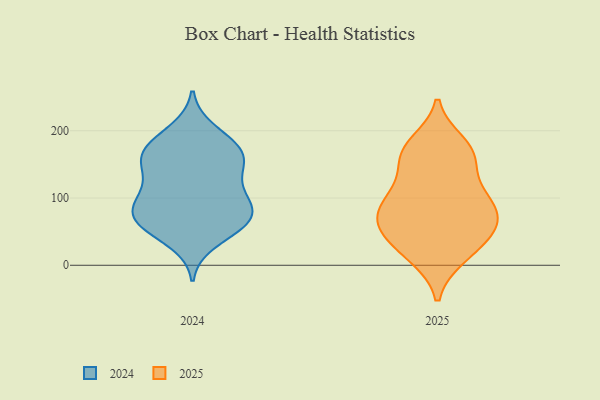
{"axis": {"x": "Budget (USD K)", "y": "Value"}, "legend": ["2024", "2025"], "data": [{"x": "", "y": 65, "type": "2024"}, {"x": "", "y": 135, "type": "2024"}, {"x": "", "y": 89, "type": "2024"}, {"x": "", "y": 156, "type": "2024"}, {"x": "", "y": 164, "type": "2024"}, {"x": "", "y": 93, "type": "2024"}, {"x": "", "y": 63, "type": "2024"}, {"x": "", "y": 35, "type": "2024"}, {"x": "", "y": 63, "type": "2024"}, {"x": "", "y": 63, "type": "2024"}, {"x": "", "y": 105, "type": "2024"}, {"x": "", "y": 85, "type": "2024"}, {"x": "", "y": 200, "type": "2024"}, {"x": "", "y": 164, "type": "2024"}, {"x": "", "y": 136, "type": "2024"}, {"x": "", "y": 165, "type": "2024"}, {"x": "", "y": 106, "type": "2024"}, {"x": "", "y": 188, "type": "2024"}, {"x": "", "y": 63, "type": "2024"}, {"x": "", "y": 171, "type": "2024"}, {"x": "", "y": 65, "type": "2025"}, {"x": "", "y": 82, "type": "2025"}, {"x": "", "y": 166, "type": "2025"}, {"x": "", "y": 50, "type": "2025"}, {"x": "", "y": 115, "type": "2025"}, {"x": "", "y": 93, "type": "2025"}, {"x": "", "y": 101, "type": "2025"}, {"x": "", "y": 69, "type": "2025"}, {"x": "", "y": 60, "type": "2025"}, {"x": "", "y": 33, "type": "2025"}, {"x": "", "y": 13, "type": "2025"}, {"x": "", "y": 13, "type": "2025"}, {"x": "", "y": 97, "type": "2025"}, {"x": "", "y": 162, "type": "2025"}, {"x": "", "y": 47, "type": "2025"}, {"x": "", "y": 173, "type": "2025"}, {"x": "", "y": 181, "type": "2025"}, {"x": "", "y": 152, "type": "2025"}]}